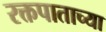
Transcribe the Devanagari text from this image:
रक्तपाताच्या